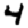
Digit: 4